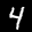
Label: 4